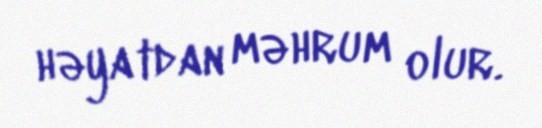
həyatdan məhrum olur.